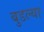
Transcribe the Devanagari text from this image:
बुडल्या